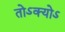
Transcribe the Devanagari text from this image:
तोऽक्योऽ